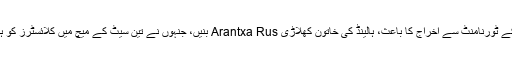
ان کے ٹورنامنٹ سے اخراج کا باعث، ہالینڈ کی خاتون کھلاڑی Arantxa Rus بنیں، جنہوں نے تین سیٹ کے میچ میں کلائسٹرز کو ہرایا۔